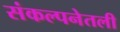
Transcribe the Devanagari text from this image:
संकल्पनेतली